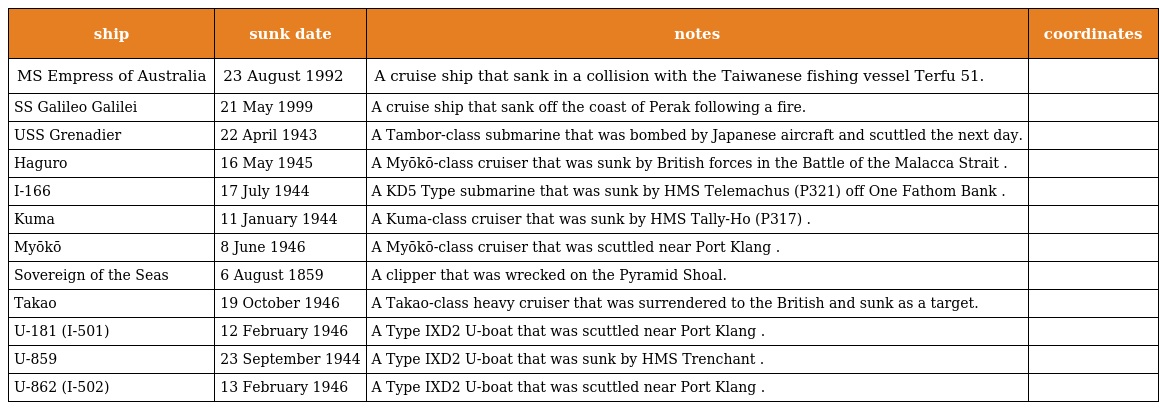
| ship | sunk date | notes | coordinates |
 | --- | --- | --- | --- |
 | MS Empress of Australia | 23 August 1992 | A cruise ship that sank in a collision with the Taiwanese fishing vessel Terfu 51. |  |
 | SS Galileo Galilei | 21 May 1999 | A cruise ship that sank off the coast of Perak following a fire. |  |
 | USS Grenadier | 22 April 1943 | A Tambor-class submarine that was bombed by Japanese aircraft and scuttled the next day. |  |
 | Haguro | 16 May 1945 | A Myōkō-class cruiser that was sunk by British forces in the Battle of the Malacca Strait . |  |
 | I-166 | 17 July 1944 | A KD5 Type submarine that was sunk by HMS Telemachus (P321) off One Fathom Bank . |  |
 | Kuma | 11 January 1944 | A Kuma-class cruiser that was sunk by HMS Tally-Ho (P317) . |  |
 | Myōkō | 8 June 1946 | A Myōkō-class cruiser that was scuttled near Port Klang . |  |
 | Sovereign of the Seas | 6 August 1859 | A clipper that was wrecked on the Pyramid Shoal. |  |
 | Takao | 19 October 1946 | A Takao-class heavy cruiser that was surrendered to the British and sunk as a target. |  |
 | U-181 (I-501) | 12 February 1946 | A Type IXD2 U-boat that was scuttled near Port Klang . |  |
 | U-859 | 23 September 1944 | A Type IXD2 U-boat that was sunk by HMS Trenchant . |  |
 | U-862 (I-502) | 13 February 1946 | A Type IXD2 U-boat that was scuttled near Port Klang . |  |